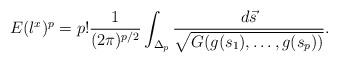
LaTeX: \begin{align*}E(l^x)^p=p!\frac{1}{(2\pi)^{p/2}}\int_{\Delta_p}\frac{d\vec{s}}{\sqrt{G(g(s_1), \ldots, g(s_p))}}.\end{align*}